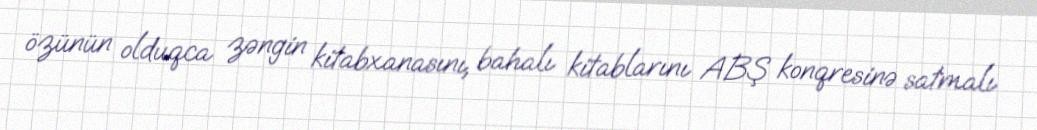
özünün olduqca zəngin kitabxanasını, bahalı kitablarını ABŞ konqresinə satmalı